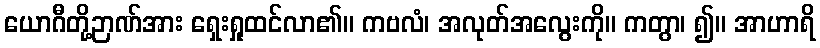
ယောဂီတို့ဉာဏ်အား ရှေးရှုထင်လာ၏။ ကဗလံ၊ အလုတ်အလွေးကို။ ကတွာ၊ ၍။ အာဟာရိ